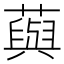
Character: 藇